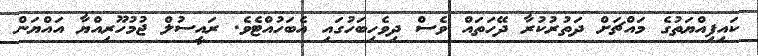
ކައިފިއްޔަތުގެ މައްޗަށް ދަތުރުކުރާ ދޭހަތައް ވެސް ދިވެހިބަހުގައި އެބަހުއްޓެވެ. ރައީސުލް ޖުމުހޫރިއްޔާ އައްޔަން